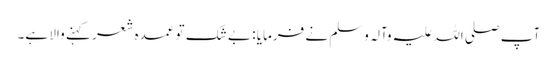
آپ صلی اللہ علیہ وآلہ وسلم نے فرمایا : بے شک تو عمدہ شعر کہنے والا ہے۔